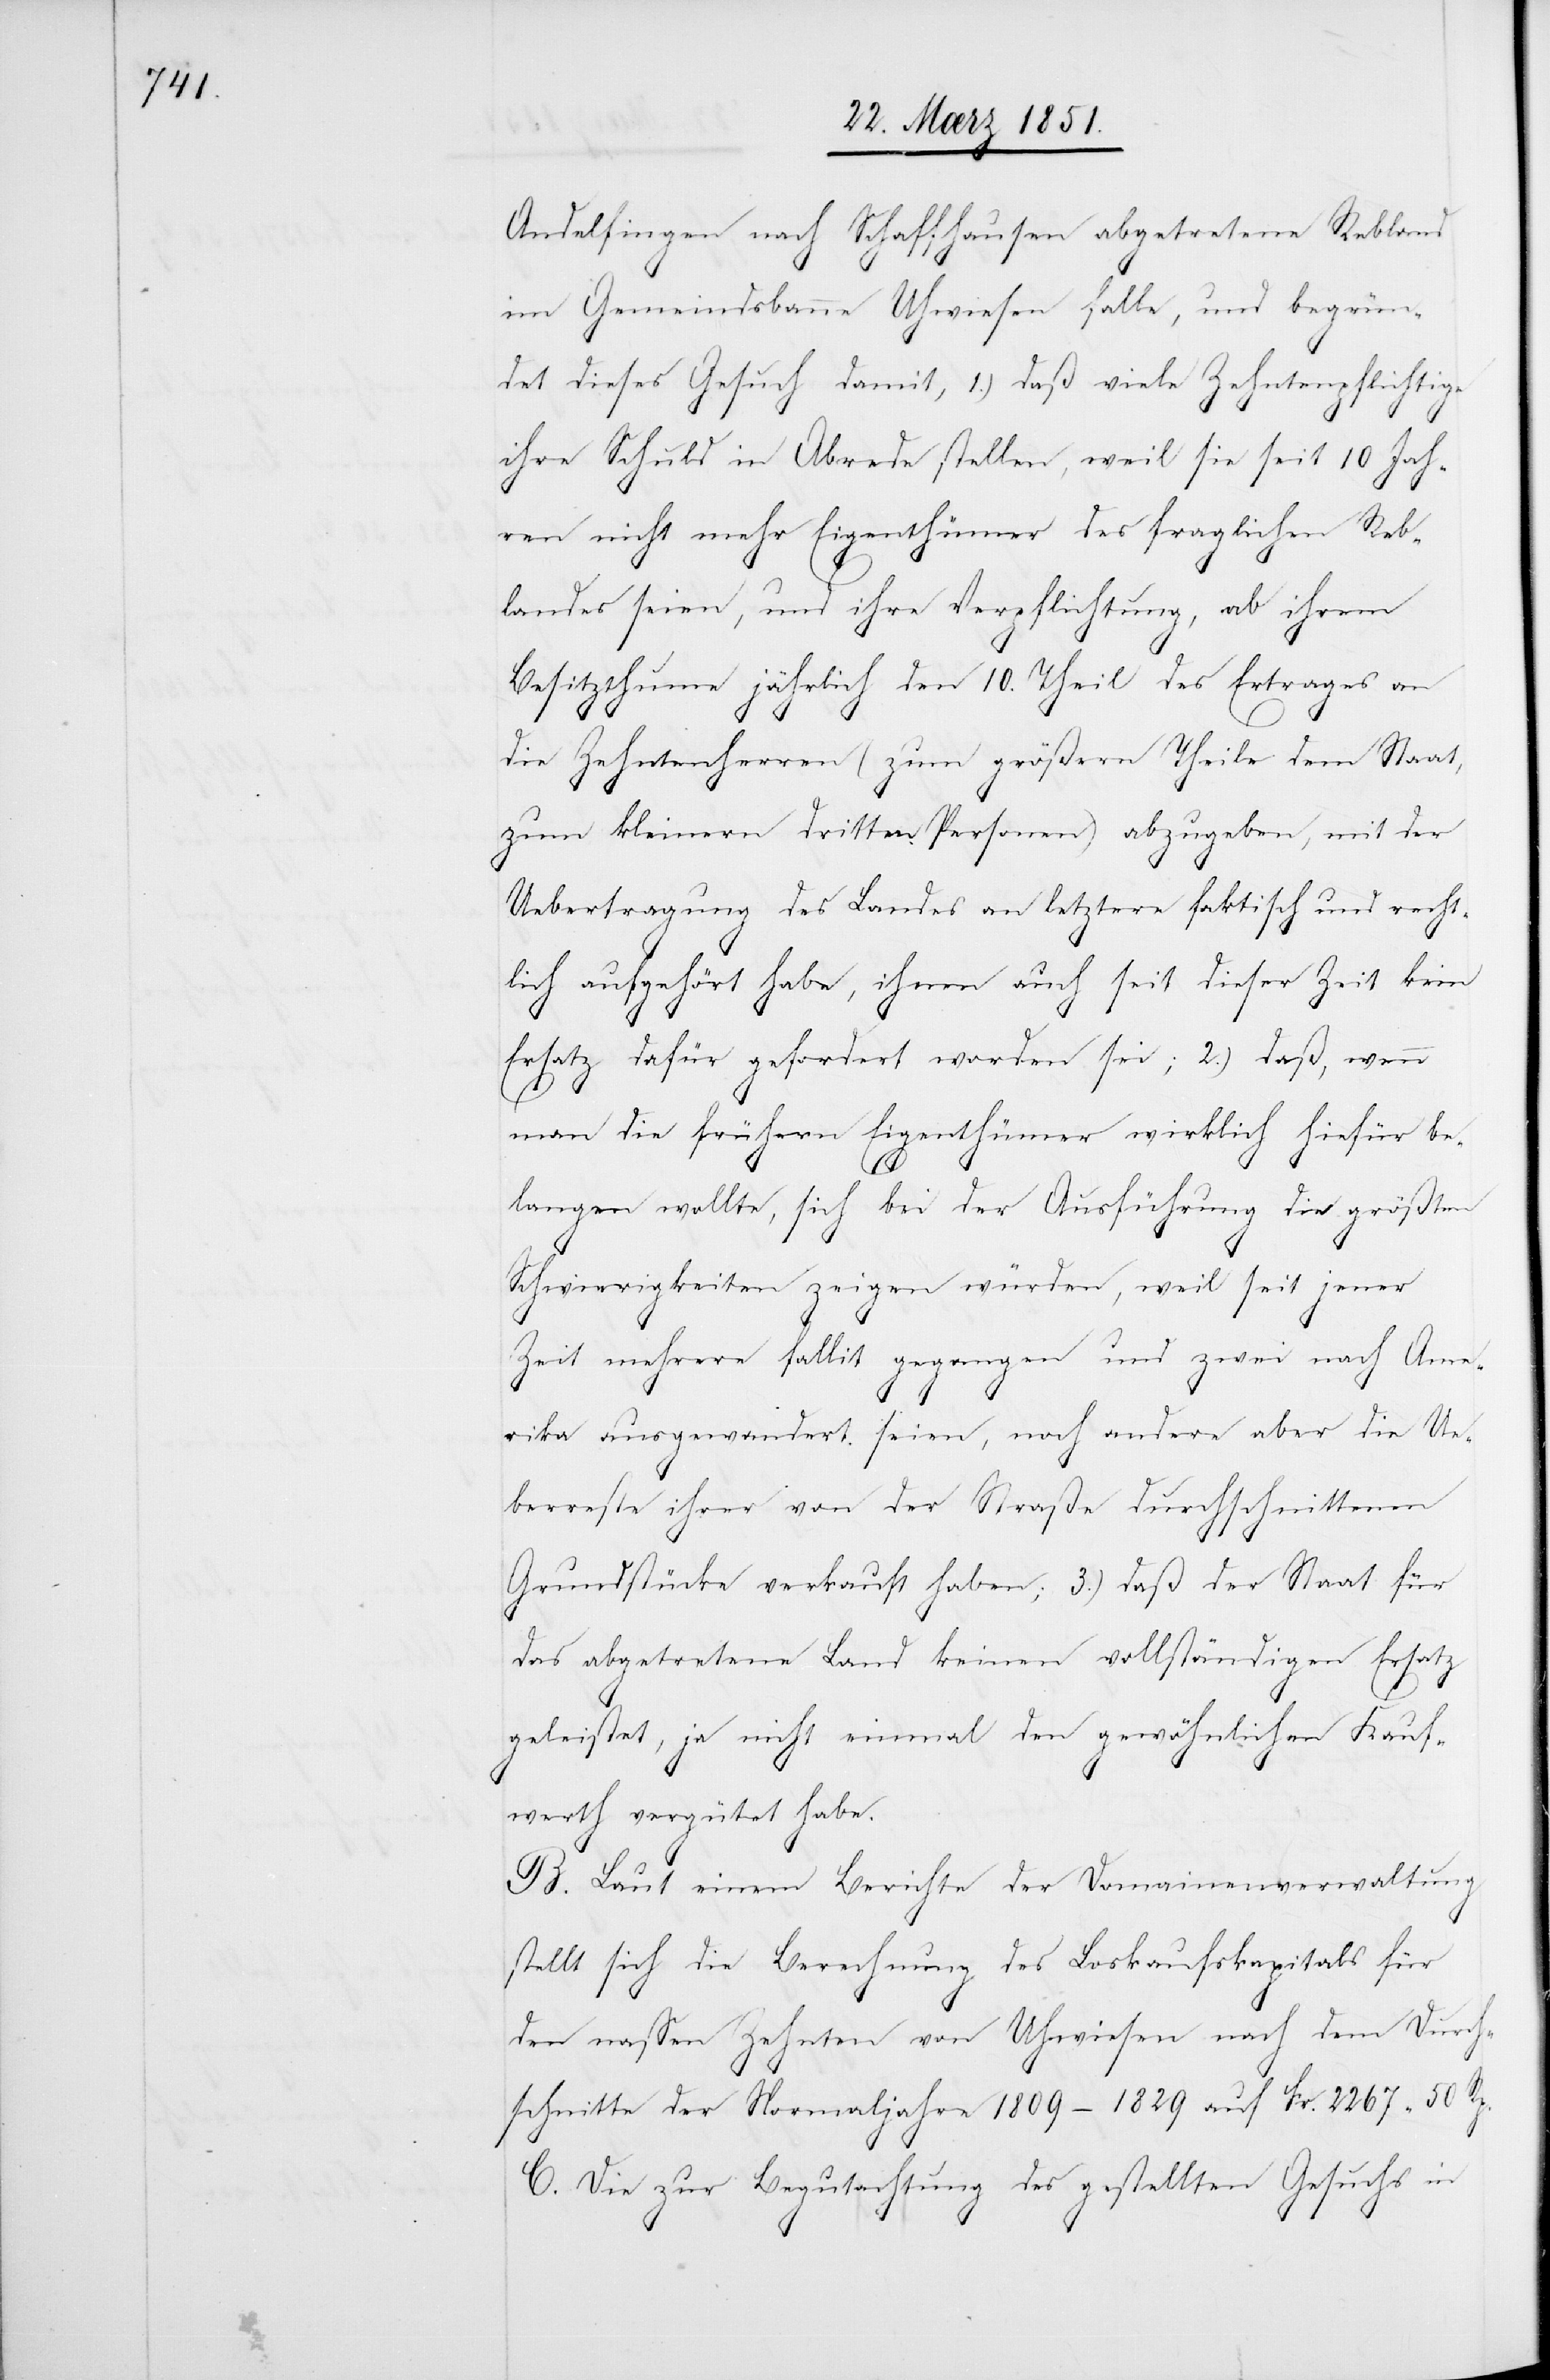
Andelfingen nach Schaffhausen abgetretene Rebland
im Gemeindsbanne Uhwiesen falle, und begrün¬
det dieses Gesuch damit, 1.) daß viele Zehntenpflichtige
ihre Schuld in Abrede stellen, weil sie seit 10 Jah¬
ren nicht mehr Eigenthümer des fraglichen Reb¬
landes seien, und ihre Verpflichtung, ab ihrem
Besitzthume jährlich den 10. Theil des Ertrages an
die Zehntenherren (zum größern Theile dem Staat,
zum kleinern dritten Personen) abzugeben, mit der
Uebertragung des Landes an letztere faktisch und recht¬
lich aufgehört habe, ihnen auch seit dieser Zeit kein
Ersatz dafür gefordert worden sei; 2.) daß, wenn
man die frühern Eigenthümer wirklich hiefür be¬
langen wollte, sich bei der Ausführung die größten
Schwierigkeiten zeigen würden, weil seit jener
Zeit mehrere fallit gegangen und zwei nach Ame¬
rika ausgewandert seien, noch andere aber die Ue¬
berreste ihrer von der Straße durchschnittenen
Grundstücke verkauft haben; 3.) daß der Staat für
das abgetretene Land keinen vollständigen Ersatz
geleistet, ja nicht einmal den gewöhnlichen Kauf¬
werth vergütet habe.
B. Laut einem Berichte der Domainenverwaltung
stellt sich die Berechnung des Loskaufskapitals für
den nassen Zehnten von Uhwiesen nach dem Durch¬
schnitte der Normaljahre 1809–1829 auf Fr. 2267 50 Rp.
C. Die zur Begutachtung des gestellten Gesuchs in